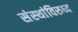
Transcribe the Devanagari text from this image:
संस्थांविरुध्द